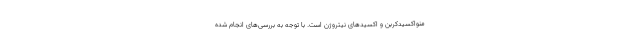
منواکسیدکربن و اکسیدهای نیتروژن است. با توجه به بررسی‌های انجام شده